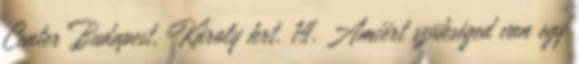
Center Budapest, Károly krt. 14. Amiért szükséged van egy